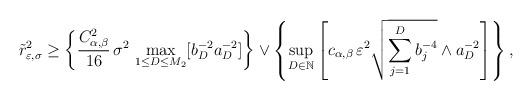
LaTeX: \begin{align*}\tilde r^2_{\varepsilon,\sigma} \geq \left\{ \frac{C^2_{\alpha,\beta}}{16}\, \sigma^2\, \max_{1 \leq D \leq M_2} [ b_D^{-2} a_D^{-2} ] \right\} \vee \left\{ \sup_{D \in \mathbb{N}} \left[c_{\alpha,\beta}\,\varepsilon^2 \sqrt{\sum_{j=1}^D b_j^{-4}} \wedge a_D^{-2} \right] \right\},\end{align*}